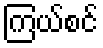
ကြယ်စင်